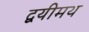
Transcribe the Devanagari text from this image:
द्वयीमथ